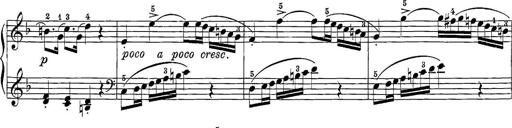
Title: 12 Sonatine per Pianoforte
Composer: Friedrich Kuhlau